Vaccine operations Central Provinces & Berar 1912-1920 - 1912-1920
Year: 1912
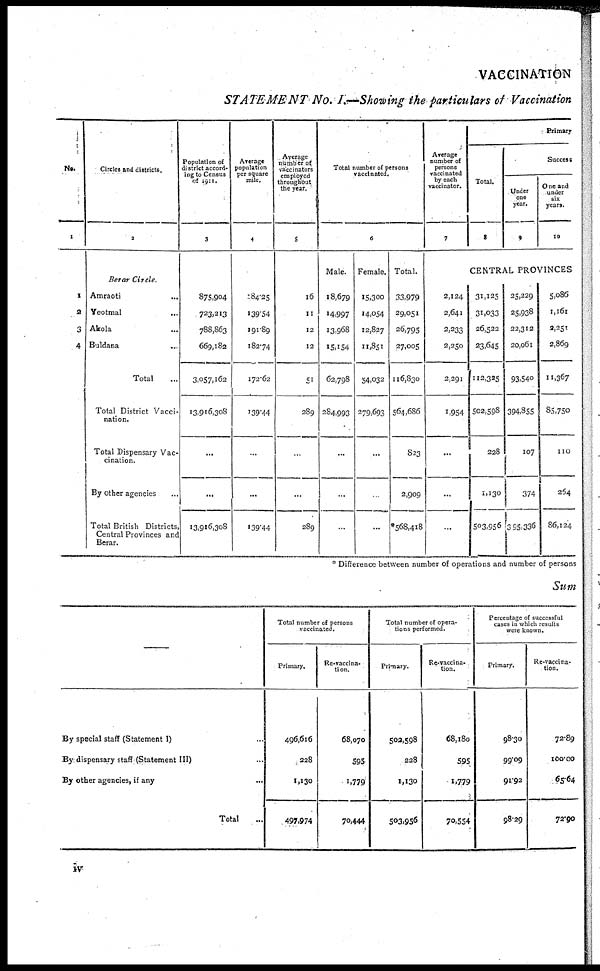
VACCINATION
STATEMENT No.I.—Showing the particulars of Vaccination
No.
1
1
2
3
4
Circles and districts.
2
Berar Circle.
Amraoti...
Yeotmal...
Akola...
Buldana...
Total...
Total District Vacci-
nation.
Total Dispensary Vac-
cination.
By other agencies...
Total British Districts,
Central Provinces and
Berar.
Population of
district accord-
ing to Census
of 1911.
3
875,904
723,213
788,863
669,182
3,057,162
13,916,308
...
...
13,916,308
Average
population
per square
mile.
4
184.25
139.54
191.89
182.74
172.62
139.44
...
...
139.44
Average
number of
vaccinators
employed
throughout
the year.
5
16
11
12
12
51
289
...
...
289
Total number of persons
vaccinated.
6
Male.
18,679
14,997
13,968
15,154
62,798
284,993
...
...
...
Female.
15,300
14,054
12,827
11,851
54,032
279,693
...
...
...
Total.
33,979
29,051
26,795
27,005
116,830
564,686
823
2,909
*568,418
Average
number of
persons
vaccinated
by each
vaccinator.
7
2,124
2,641
2,233
2,250
2,291
1,954
...
...
...
Primary
Total.
8
Success
Under
one
year.
9
One and
under
six
years.
10
CENTRAL PROVINCES
31,125
31,033
26,522
23,645
112,325
502,598
228
1,130
503,956
25,229
25,938
22,312
20,061
93,540
394,855
107
374
395,336
5,086
1,161
2,251
2,869
11,367
85,750
110
264
86,124
* Difference between number of operations and number of persons
Sum
—
By special staff (Statement I)...
By dispensary staff (Statement III)...
By other agencies, if any...
Total...
Total number of persons
vaccinated.
Primary.
496,616
228
1,130
497,974
Re-vaccina-
tion.
68,070
595
1,779
70,444
Total number of opera-
tions performed.
Primary.
503,598
228
1,130
503,956
Re-vaccina-
tion.
68,180
595
1,779
70,554
Percentage of successful
cases in which results
were known.
Primary.
98.30
99.09
91.92
98.29
Re-vaccina-
tion.
72.89
100.00
65.64
72.90
iv